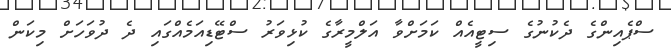
ސްޕެއިންގެ ދެކުނުގެ ސިޓީއެއް ކަމަށްވާ އަލްމީރާގެ ކުޅިވަރު ސްޓޭޑިއަމެއްގައި ދެ ދުވަހަށް މިކަން